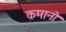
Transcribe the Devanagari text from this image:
कमानो